Report of the Bombay Veterinary College
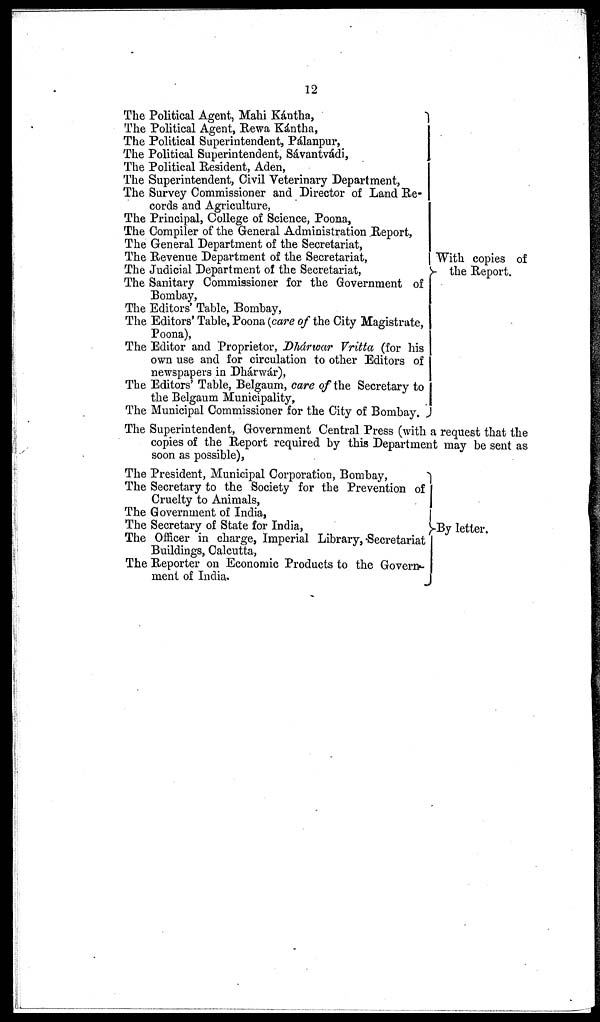
12
The Political Agent, Mahi Kántha,
The Political Agent, Rewa Kántha,
The Political Superintendent, Pálanpur,
The Political Superintendent, Sávantvádi,
The Political Resident, Aden,
The Superintendent, Civil Veterinary Department,
The Survey Commissioner and Director of Land Re-
cords and Agriculture,
The Principal, College of Science, Poona,
The Compiler of the General Administration Report,
The General Department of the Secretariat,
The Revenue Department of the Secretariat,
The Judicial Department of the Secretariat,
The Sanitary Commissioner for the Government of
Bombay,
The Editors' Table, Bombay,
The Editors' Table, Poona (care of the City Magistrate,
Poona),
The Editor and Proprietor, Dhárwar Vritta (for his
own use and for circulation to other Editors of
newspapers in Dhárwár),
The Editors' Table, Belgaum, care of the Secretary to
the Belgaum Municipality,
The Municipal Commissioner for the City of Bombay.
The Superintendent, Government Central Press (with a request that the
copies of the Report required by this Department may be sent as
soon as possible),
With copies of
the Report.
The President, Municipal Corporation, Bombay,
The Secretary to the Society for the Prevention of
Cruelty to Animals,
The Government of India,
The Secretary of State for India,
The Officer in charge, Imperial Library, Secretariat
Buildings, Calcutta,
The Reporter on Economic Products to the Govern-
ment of India..
By letter.